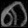
Digit: ၈